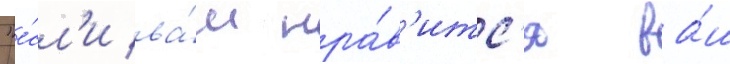
"е́сл'и ва́м нра́в'итс'я ва́ш